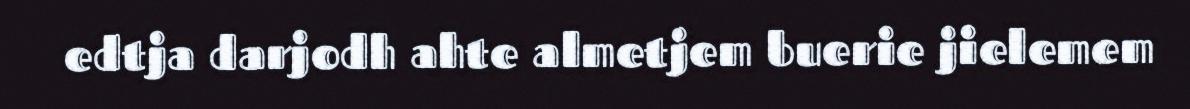
edtja darjodh ahte almetjem buerie jielemem